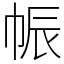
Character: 帪